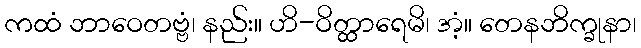
ကထံ ဘာဝေတဗ္ဗံ၊ နည်း။ ဟိ-ဝိတ္ထာရေမိ၊ အံ့။ တေနဘိက္ခုနာ၊